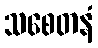
သစေတနံ